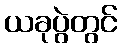
ယခုပွဲတွင်